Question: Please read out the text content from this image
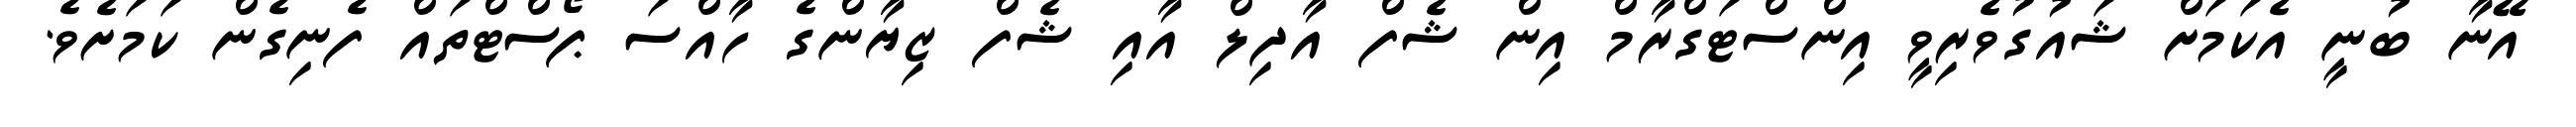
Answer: އޭނާ ބުނީ އެކަމަށް ޝައުގުވެރިވީ އިންސްޓަގްރާމް އިން ޝެފް އާދިލް އާއި ޝެފް ޒިޔާންގެ ހާއްސަ ޕޯސްޓްތައް ފެނިގެން ކަމަށެވެ.